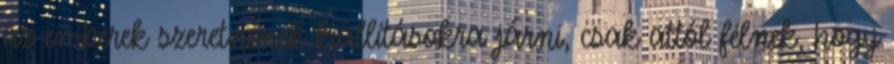
az emberek szeretnének kiállításokra járni, csak attól félnek, hogy